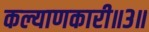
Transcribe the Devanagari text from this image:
कल्याणकारी॥३॥